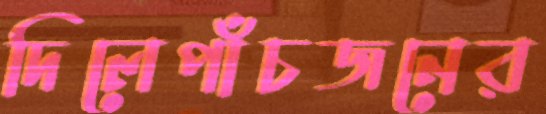
দিলেপাঁচজনের